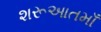
શરૂઆતમાઁ